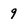
Character: 9